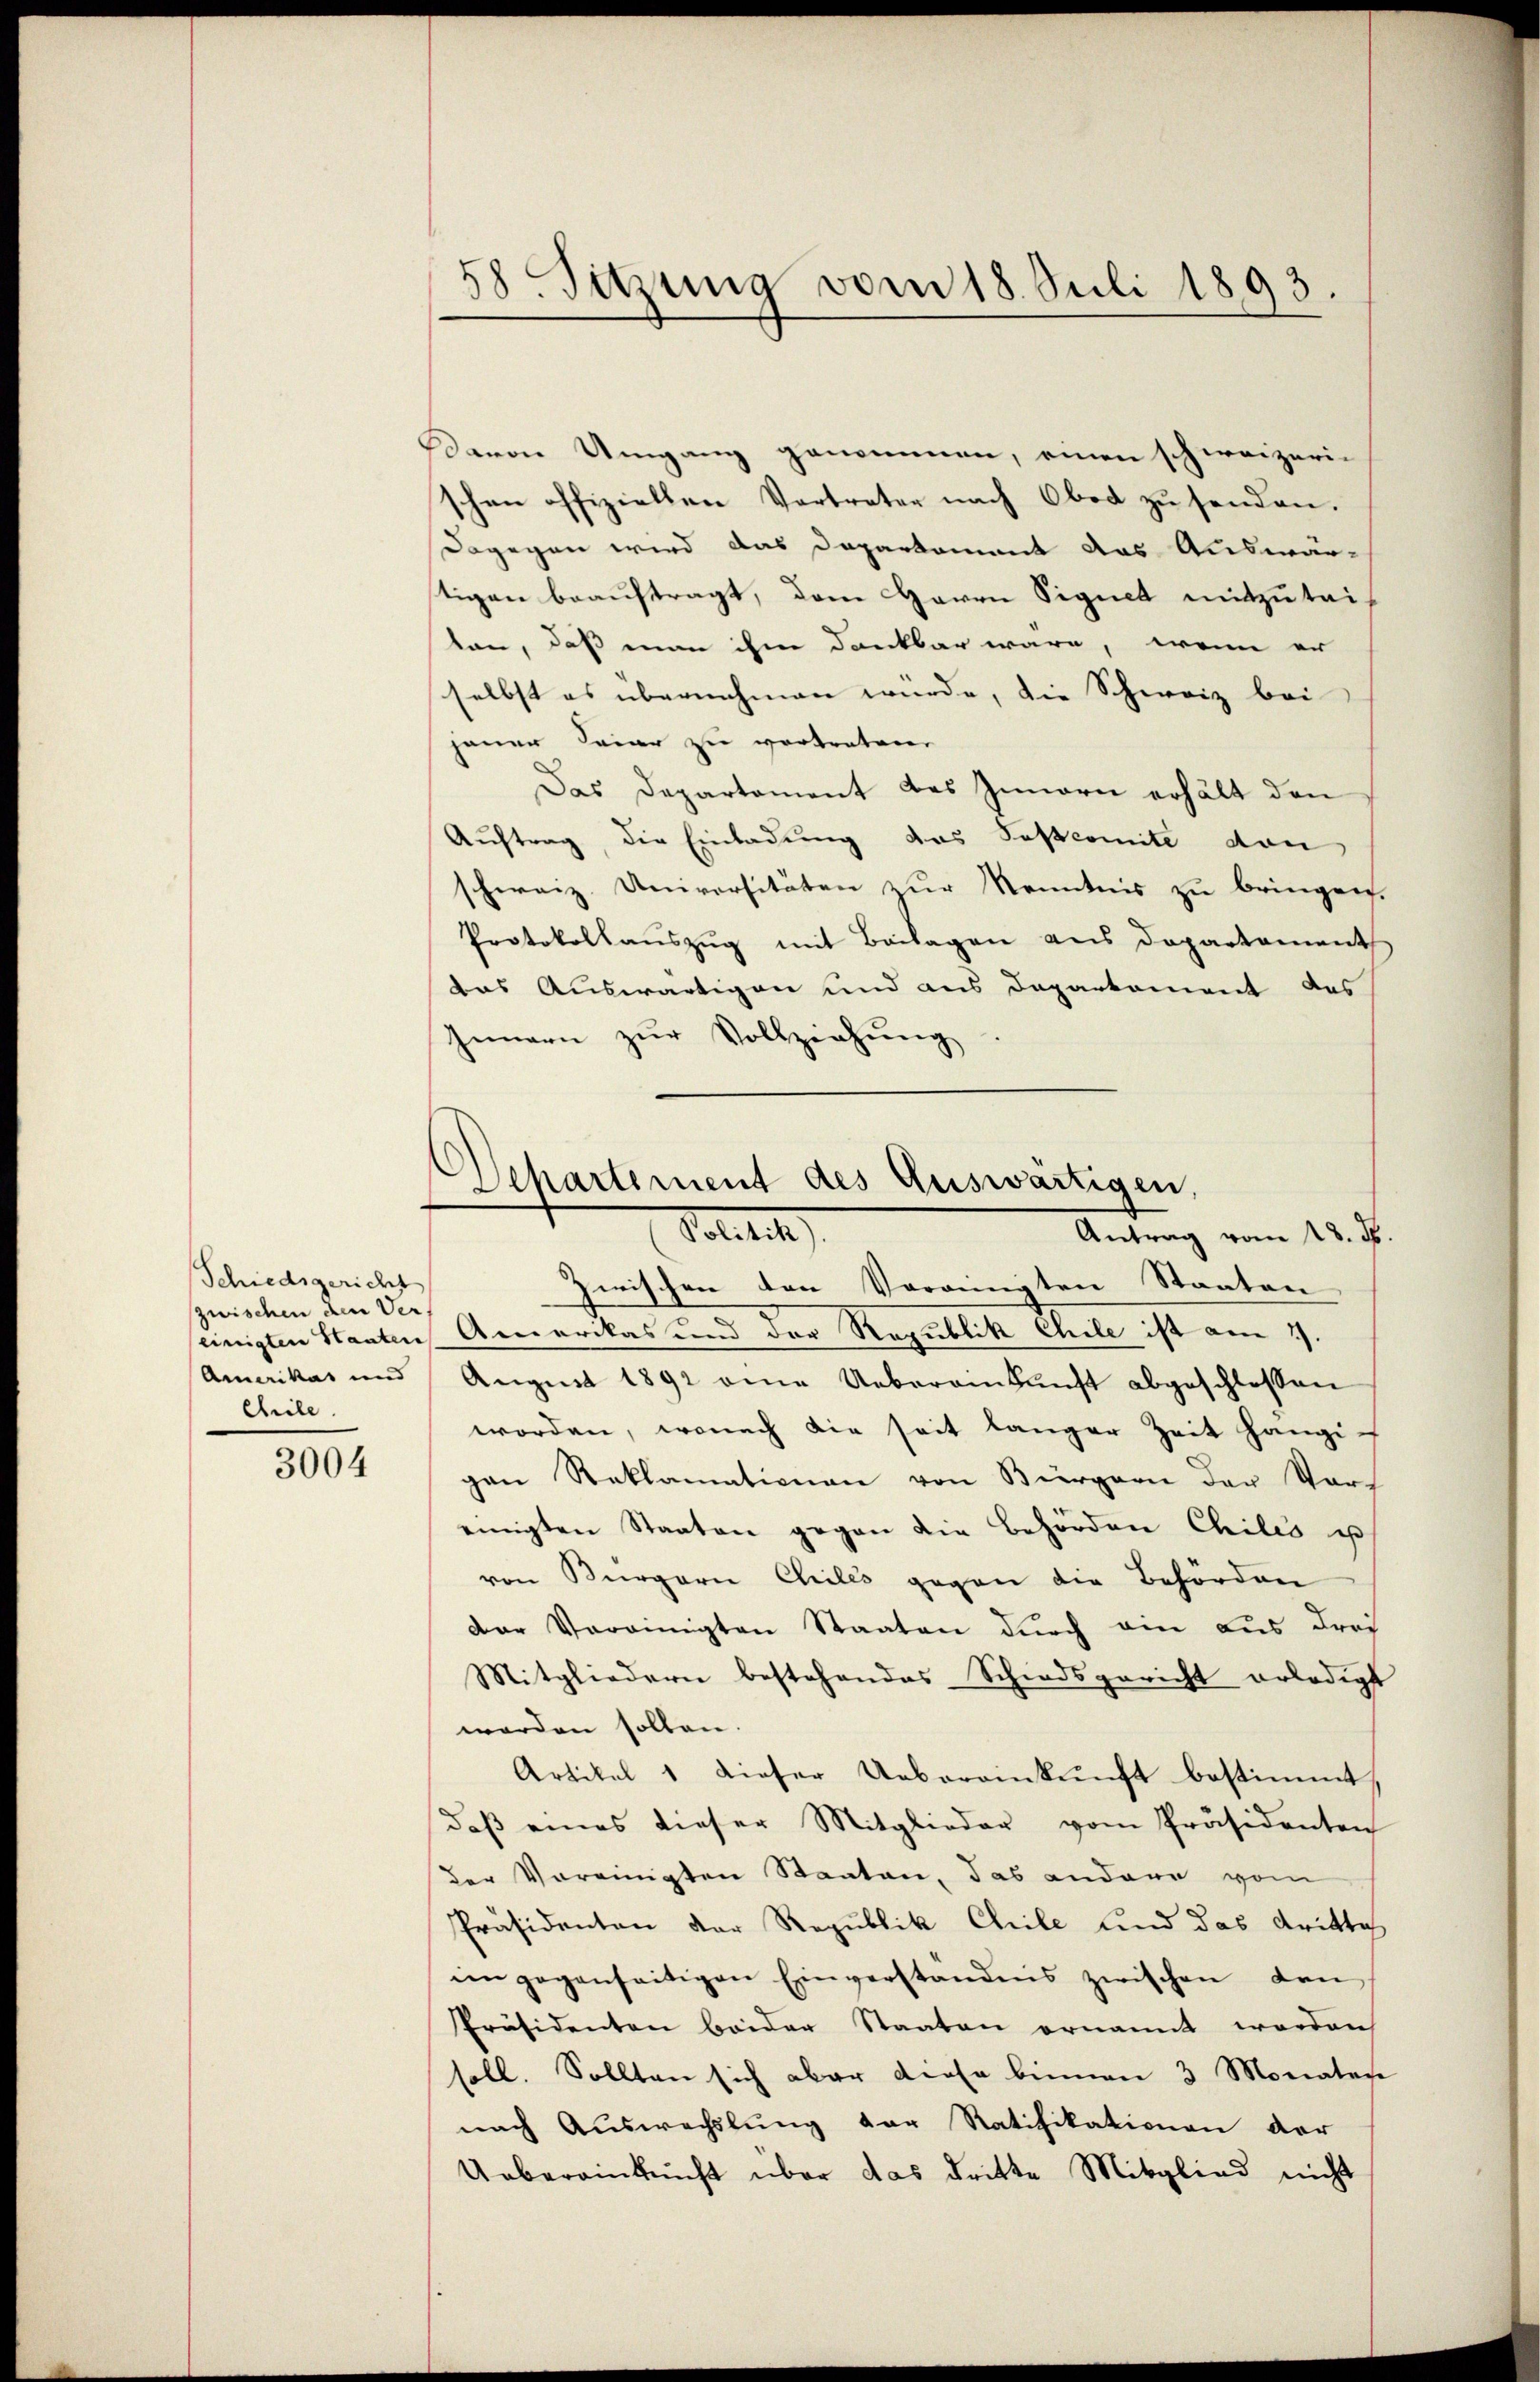
Schiedsgericht
zwischen den Ver¬
Amerikas und
Chile.

3004

Davon Umgang genommen, einen schweizeri-
schen offiziellen Vertreter nach Ober zu senden.
Dagegen wird das Departament das Auswär-
stigen beauftragt, dem Herrn Signet mitzuteitan, daß man ihm dankbar wäre, wenn er
selbst es übernehmen würde, die Schweiz bei
janer Feier zu vertreten.
Das Departement des Innern erhält den
Auftrag, die Einladung das Postcomite dan
schweiz. Universitäten zur Kenntnis zu bringen.
Protokollauszug mit Beilagen aus Departament
das Auswärtigen und aus Departement des
Innern zŭr Vollziehŭng
Zwischen den Vereinigten Staaten
einigten Staaten Amerikas und der Republik Chile ist am 9.
August 1892 eine Uebereinkunft abgeschlossen
worden, wonach die seit langer Zeit hängigan Reklamationen von Bürgern der Vorz
einigten Staaten gegen die Behörden Chiles us
von Bürgern Chiles gegen die Behörden
Der Vereinigten Staaten durch ein aus drei
Mitgliedern bestehendes Schiedsgericht erledigt
worden sollen.
Artikel 1 dieser Uebereinkunft bestimmt.
daß eines dieser Mitglieder vom Präsidenten
der Vereinigten Staaten, das andere vom
Präsidenten der Republik Chrile und das dritte
im gegenseitigen Einverständnis zwischen den
Präsidenten beider Staaten ernannt worden
soll. Sollten sich aber diese binnen 3 Monates
nach Auswechslung der Ratifikationen der
Uebereinkunft über das dritte Mitglied nicht

58 Sitzung vom 18. Juli 1893

Departement des Auswärtigen,
Politik
Antrag vom 18. ds.